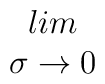
\begin{array}{c}lim\\\sigma \rightarrow 0\end{array}